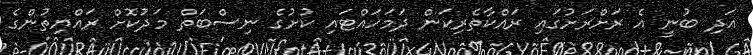
އަދި ބުނީ އެ ރަށްރަށުގައި ރައްކާތެރިކަން ދަމަހައްޓައި ކުށުގެ ނިސްބަތް މަދުކޮށް ރައްޔިތުންގެ